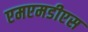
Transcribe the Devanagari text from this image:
एमएमडीएस